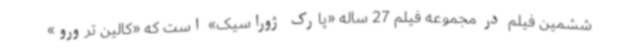
ششمین فیلم در مجموعه فیلم 27 ساله «پارک ژوراسیک» است که «کالین ترورو»